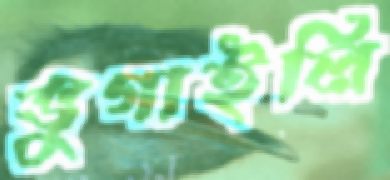
ভুগাইলি